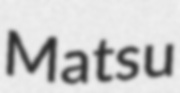
Matsu